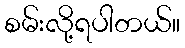
စမ်းလို့ရပါတယ်။